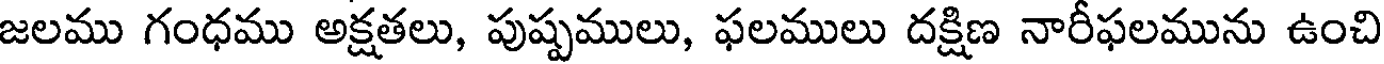
జలము గంధము అక్షతలు, పుష్పములు, ఫలములు దక్షిణ నారీఫలమును ఉంచి